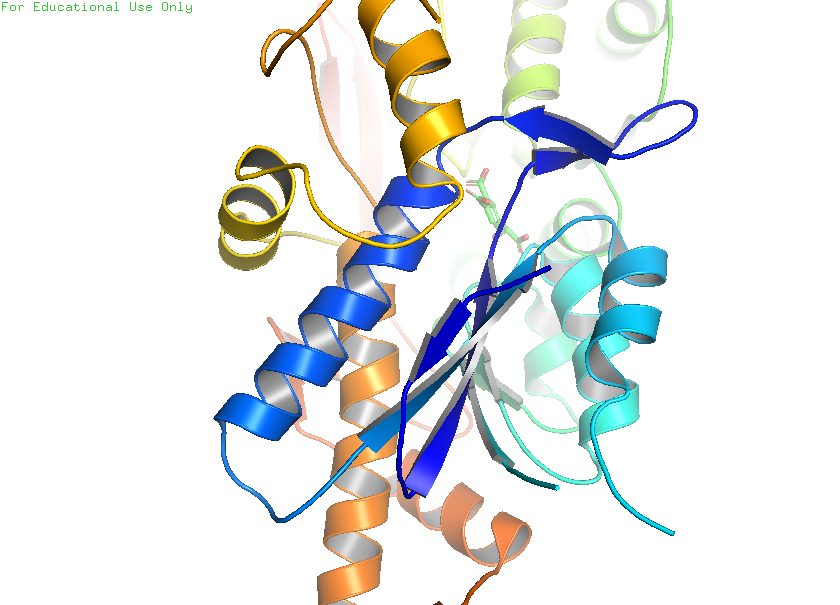
pymol, preset, publication